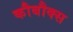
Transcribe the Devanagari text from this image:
कौबौक्स